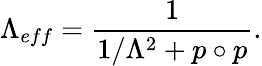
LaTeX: \Lambda_{eff}=\frac{1}{1/\Lambda^{2}+p\circ p}.